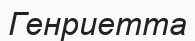
Генриетта